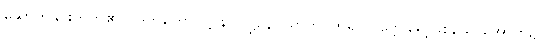
ဆောက်နှင်းတတ်၏။) ဒုဘတောဝုဋ္ဌာနဝိဝဋ္ဋနေပညာတိ၊ ဟူ၍။ ပုဗ္ဗေ၊ ရှေ့ဖြစ်သောအောက်၌။